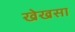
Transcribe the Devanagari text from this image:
खेखसा